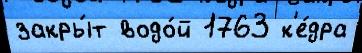
закры́т водо́й 1763 к'е́дра